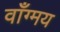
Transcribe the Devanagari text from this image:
वाँग्मय